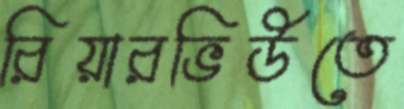
রিয়ারভিউতে